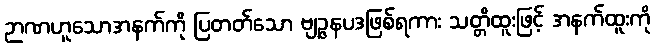
ဉာဏဟူသောအနက်ကို ပြတတ်သော ဗျဉ္ဇနပဒဖြစ်ရကား သတ္တိထူးဖြင့် အနက်ထူးကို